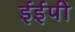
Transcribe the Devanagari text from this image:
ईईपी